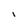
Character: i